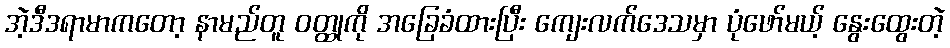
အဲ့ဒီဒရာမာကတော့ နာမည်တူ ဝတ္ထုကို အခြေခံထားပြီး ကျေးလက်ဒေသမှာ ပုံဖော်မယ့် နွေးထွေးတဲ့